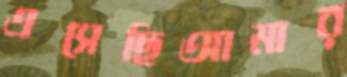
এসেছিআমার